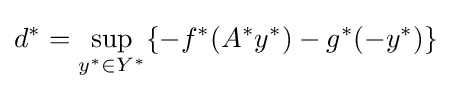
d^{*}=\sup _{y^{*}\in Y^{*}}\{-f^{*}(A^{*}y^{*})-g^{*}(-y^{*})\}